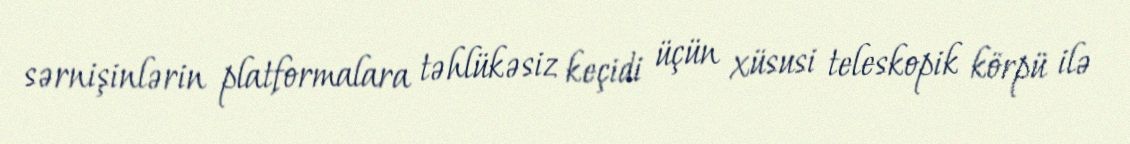
sərnişinlərin platformalara təhlükəsiz keçidi üçün xüsusi teleskopik körpü ilə